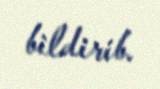
bildirib.